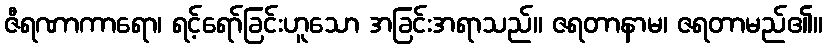
ဇီရဏာကာရော၊ ရင့်ရော်ခြင်းဟူသော အခြင်းအရာသည်။ ဇရတာနာမ၊ ဇရတာမည်၏။